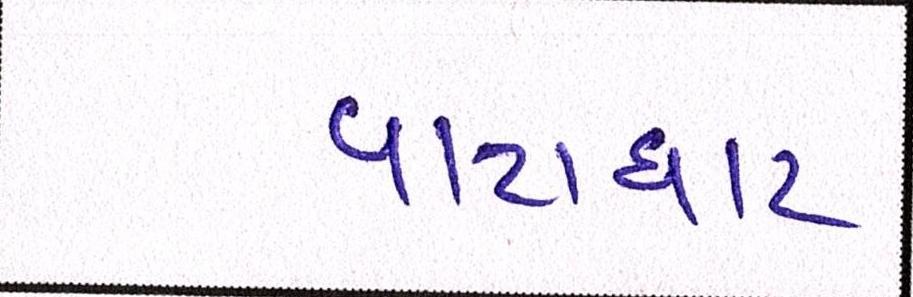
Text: વાટાઘાટ